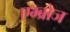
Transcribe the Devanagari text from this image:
एम्ब्रोज